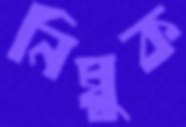
নিম্বুক